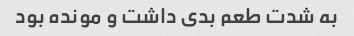
به شدت طعم بدی داشت و مونده بود